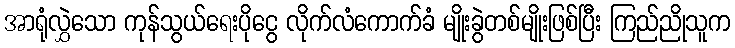
အာရုံလွှဲသော ကုန်သွယ်ရေးပိုငွေ လိုက်လံကောက်ခံ မျိုးခွဲတစ်မျိုးဖြစ်ပြီး ကြည်ညိုသူက